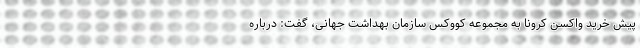
پیش خرید واکسن کرونا به مجموعه کووکس سازمان بهداشت جهانی، گفت: درباره